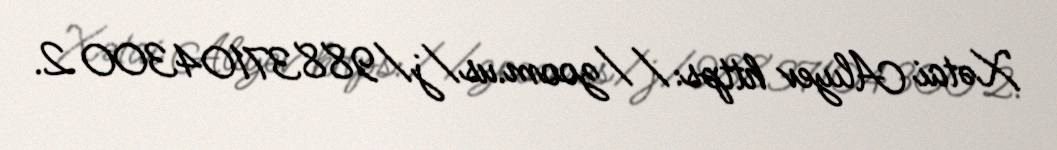
Xətai Alıyev https://zoom.us/j/98837104300 2.